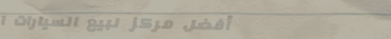
أفضل مركز لبيع السيارات ا